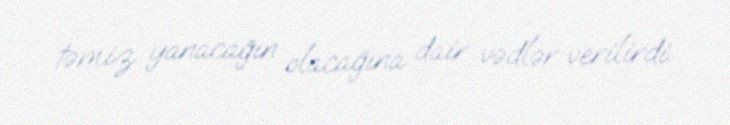
təmiz yanacağın olacağına dair vədlər verilirdi.